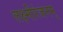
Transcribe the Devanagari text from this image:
लक्ष्मीरंजनम्